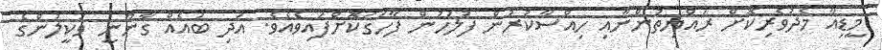
މީޑިއާ މެދުވެރިކޮށް ރައްޔިތުންނާއި ހިއްސާކުރުން ފުލުހުން ފާހަގަކޮށްފައިވެއެވެ. އަދި ބައެއް ގާނޫނީ ވަކީލުންގެ